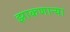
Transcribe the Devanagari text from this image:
झाकणाऱ्या